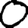
Digit: 0